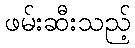
ဖမ်းဆီးသည့်